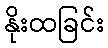
နိုးထခြင်း